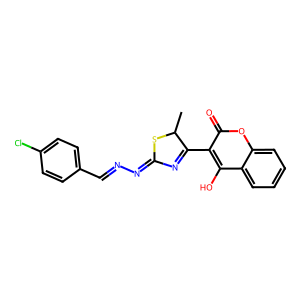
SMILES: CC1SC(=NN=Cc2ccc(Cl)cc2)N=C1c1c(O)c2ccccc2oc1=O
Inhibits HIV replication: No